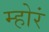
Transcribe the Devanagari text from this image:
म्होरं